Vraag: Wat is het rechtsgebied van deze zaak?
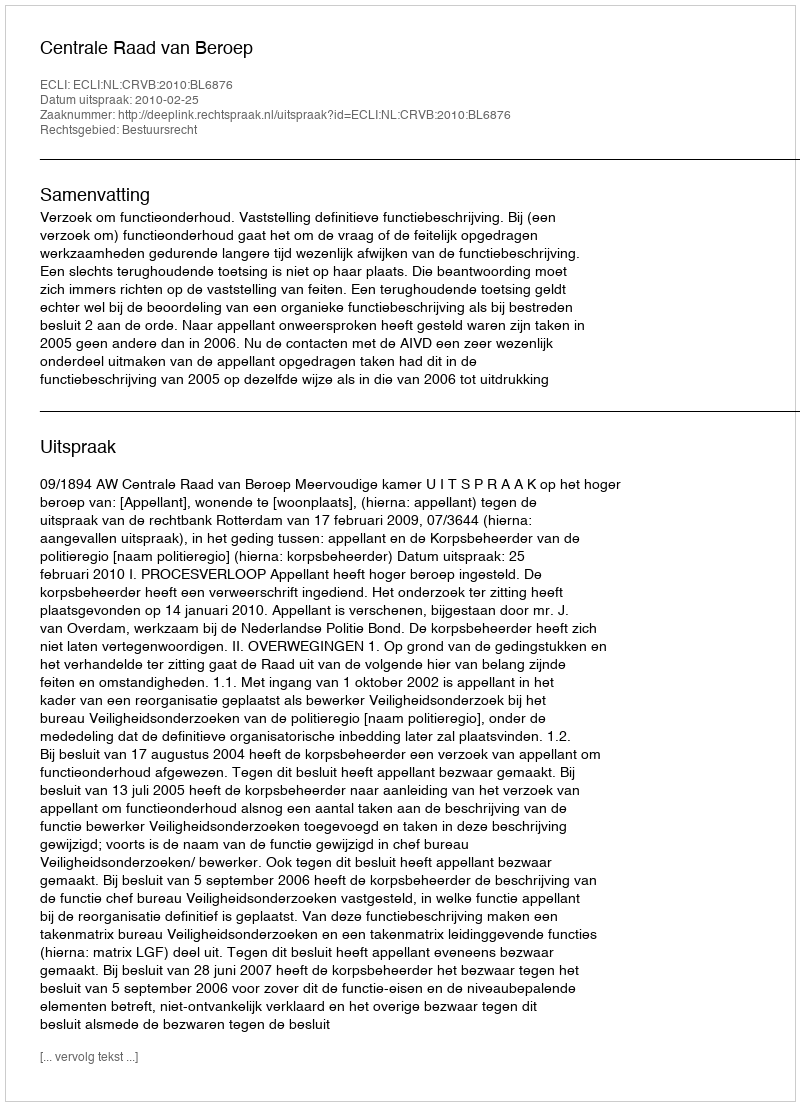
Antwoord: Bestuursrecht